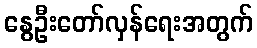
နွေဦးတော်လှန်ရေးအတွက်